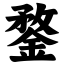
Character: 鍪